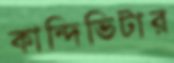
কান্দিভিটার